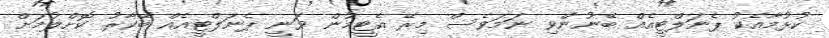
ކުޅުމާއެކު ޕެނަލްޓީއެއް ބޭނުންވި ނަމަވެސް މިރޭ އެޓީމުން ވަނީ ޕެނަލްޓީއެއް ބޭކާރު ކޮށްލުމަށް